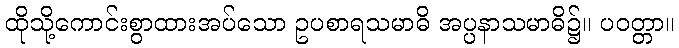
ထိုသို့ကောင်းစွာထားအပ်သော ဥပစာရသမာဓိ အပ္ပနာသမာဓိ၌။ ပဝတ္တာ။